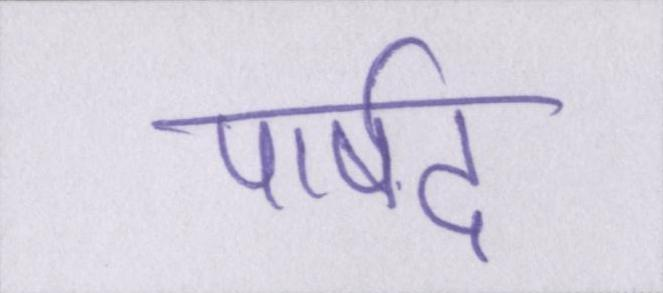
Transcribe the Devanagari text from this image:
पार्षद